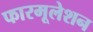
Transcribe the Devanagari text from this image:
फारमूलेशन